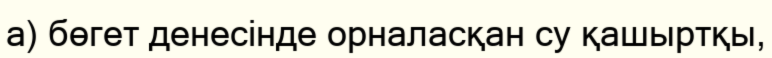
а) бөгет денесінде орналасқан су қашыртқы,